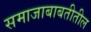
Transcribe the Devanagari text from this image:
समाजाबाबतीतील